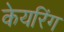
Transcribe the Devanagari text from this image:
केयरिंग